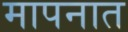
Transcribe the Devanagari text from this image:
मापनात